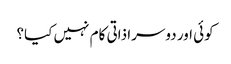
کوئی اور دوسرا ذاتی کام نہیں کیا؟